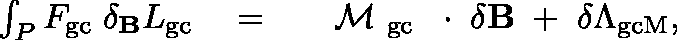
\begin{array} { r l r } { \int _ { P } F _ { \mathrm { g c } } \; \delta _ { \bf B } L _ { \mathrm { g c } } } & { { } = } & { \mathrm { ~ \boldmath ~ \cal ~ M ~ } _ { \mathrm { g c } } \, \mathrm { ~ \boldmath ~ \cdot ~ } \, \delta { \bf B } \; + \; \delta \Lambda _ { \mathrm { g c M } } , } \end{array}